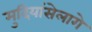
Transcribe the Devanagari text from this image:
मुदियांसेलागे